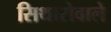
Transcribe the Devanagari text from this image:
सिथारोवाले